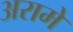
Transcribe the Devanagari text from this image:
अरामे